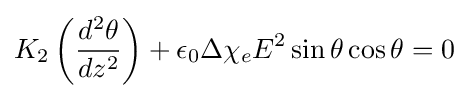
K_{2}\left({\frac {d^{2}\theta }{dz^{2}}}\right)+\epsilon _{0}\Delta \chi _{e}E^{2}\sin {\theta }\cos {\theta }=0